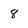
Character: 8